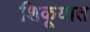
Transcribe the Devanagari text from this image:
शिकूयात